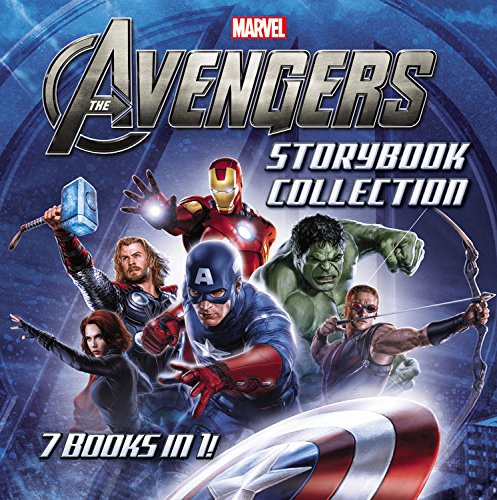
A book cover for Marvel's The Avengers Storybook Collection; Marvel; Children's Books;